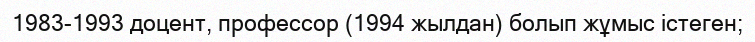
1983-1993 доцент, профессор (1994 жылдан) болып жұмыс істеген;